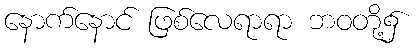
နောက်နောင် ဖြစ်လေရာရာ ဘဝတို့၌